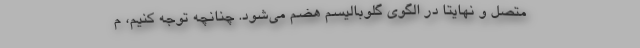
متصل و نهایتاً در الگوی گلوبالیسم هضم می‌شود. چنانچه توجه کنیم، م